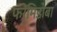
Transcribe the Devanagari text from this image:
फरेमिडोबा